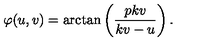
\varphi ( u , v ) = \mathrm { a r c t a n } \left( \frac { p k v } { k v - u } \right) .